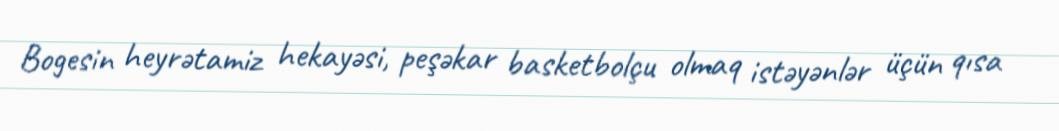
Bogesin heyrətamiz hekayəsi, peşəkar basketbolçu olmaq istəyənlər üçün qısa